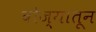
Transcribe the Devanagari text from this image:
बोज्यातून